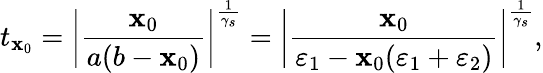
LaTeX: t_{\mathbf{x}_{0}}=\bigg|\frac{{\mathbf{x}_{0}}}{{a(b-\mathbf{x}_{0})}}\bigg|^{\frac{{1}}{{\gamma_{s}}}}=\bigg|\frac{{\mathbf{x}_{0}}}{{\varepsilon_{1}-\mathbf{x}_{0}(\varepsilon_{1}+\varepsilon_{2})}}\bigg|^{\frac{{1}}{{\gamma_{s}}}},